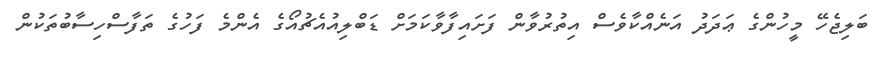
ބަލިޖެހޭ މީހުންގެ ޢަދަދު އަނެއްކާވެސް އިތުރުވާން ފަށައިފާވާކަމަށް ޑަބްލިއުއެޗުއޯގެ އެންމެ ފަހުގެ ތަފާސްހިސާބުތަކުން